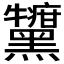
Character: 𪒷